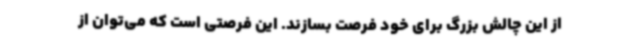
از این چالش بزرگ برای خود فرصت بسازند. این فرصتی است که می‌توان از